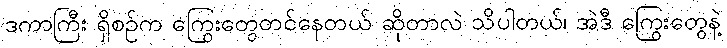
ဒကာကြီး ရှိစဉ်က ကြွေးတွေတင်နေတယ် ဆိုတာလဲ သိပါတယ်၊ အဲဒီ ကြွေးတွေနဲ့